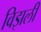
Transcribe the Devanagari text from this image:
विझली